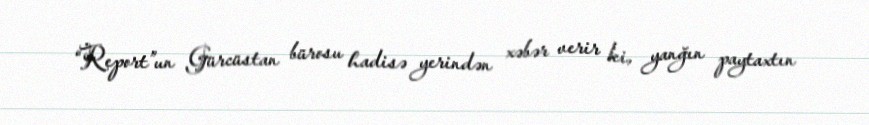
“Report”un Gürcüstan bürosu hadisə yerindən xəbər verir ki, yanğın paytaxtın